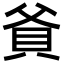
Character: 𬥐